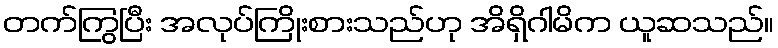
တက်ကြွပြီး အလုပ်ကြိုးစားသည်ဟု အိရှိဂါမိက ယူဆသည်။